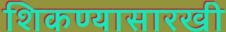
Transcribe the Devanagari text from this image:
शिकण्यासारखी